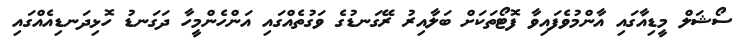
ސޯޝަލް މީޑިއާގައި އާންމުވެފައިވާ ފޮޓޯތަކަށް ބަލާއިރު ރޭގަނޑުގެ ވަގުތެއްގައި އަންހެންމީހާ ދަގަނޑު ހޮޅިދަނޑިއެއްގައި